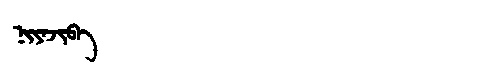
Manchu: ᠨᡳᠶᠠᠵᡳᠪᠠ
Romanization: NIYAJIBA